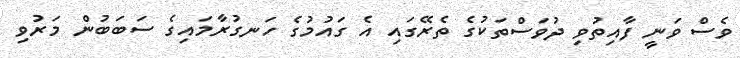
ވެސް ވަނީ ފާއިތުވި ދުވަސްތަކުގެ ތެރޭގައި އެ ގައުމުގެ ހަނގުރާމައިގެ ސަބަބުން މަރުވި